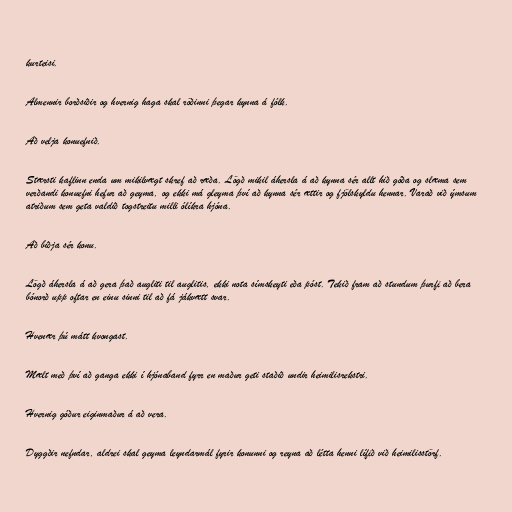
kurteisi.

Almennir borðsiðir og hvernig haga skal röðinni þegar kynna á fólk.

Að velja konuefnið.

Stærsti kaflinn enda um mikilvægt skref að ræða. Lögð mikil áhersla á að kynna sér allt hið góða og slæma sem
verðandi konuefni hefur að geyma, og ekki má gleyma því að kynna sér ættir og fjölskyldu hennar. Varað við ýmsum
atriðum sem geta valdið togstreitu milli ólíkra hjóna.

Að biðja sér konu.

Lögð áhersla á að gera það augliti til auglitis, ekki nota símskeyti eða póst. Tekið fram að stundum þurfi að bera
bónorð upp oftar en einu sinni til að fá jákvætt svar.

Hvenær þú mátt kvongast.

Mælt með því að ganga ekki í hjónaband fyrr en maður geti staðið undir heimilisrekstri.

Hvernig góður eiginmaður á að vera.

Dyggðir nefndar, aldrei skal geyma leyndarmál fyrir konunni og reyna að létta henni lífið við heimilisstörf.